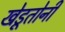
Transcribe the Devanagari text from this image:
खेडूतोनी